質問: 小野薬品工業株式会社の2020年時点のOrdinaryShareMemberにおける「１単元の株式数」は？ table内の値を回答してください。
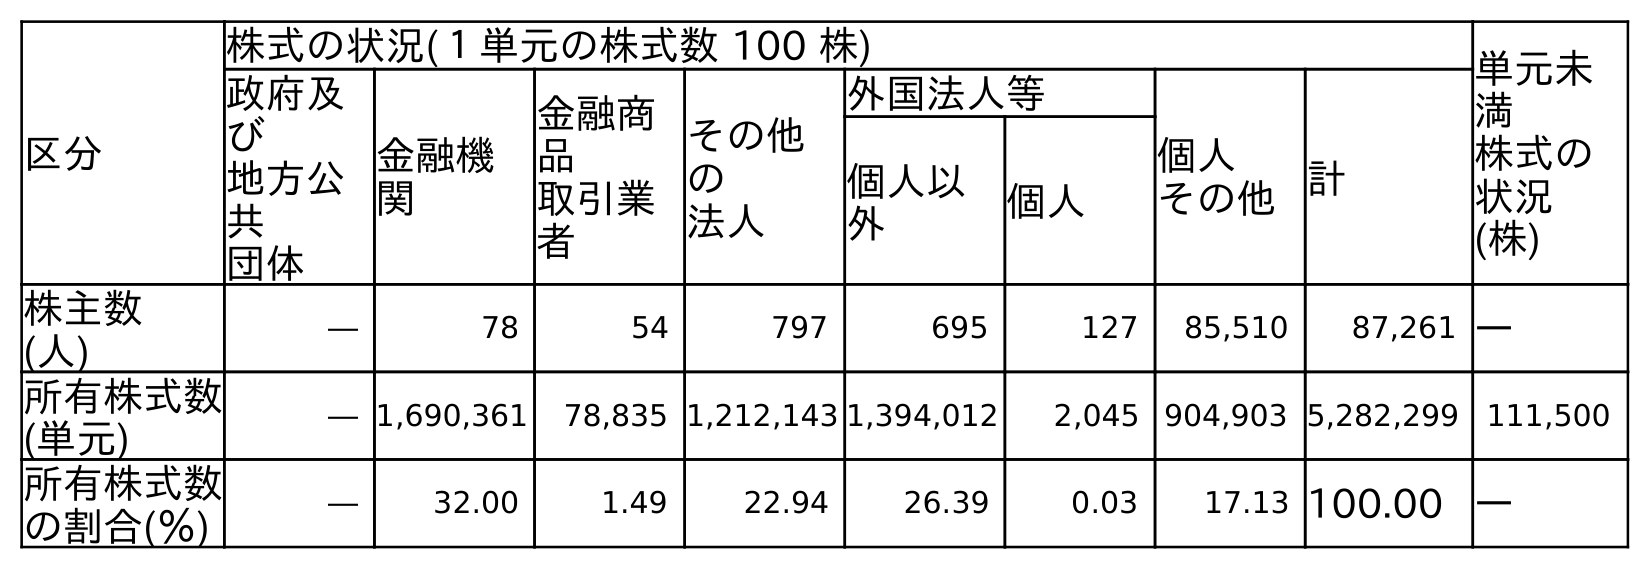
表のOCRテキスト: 区分 株式の状況(１単元の株式数 100 株) 単元未 満 株式の 状況 (株) 政府及 び 地方公 共 団体 金融機 関 金融商 品 取引業 者 その他 の 法人 外国法人等 個人 その他計 個人以 外 個人 株主数 (人) ― 78 54 797 695 127 85,510 87,261 ― 所有株式数 (単元) ― 1,690,361 78,835 1,212,143 1,394,012 2,045 904,903 5,282,299 111,500 所有株式数 の割合(％) ― 32.00 1.49 22.94 26.39 0.03 17.13 100.00 ―
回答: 株式の状況(１単元の株式数100株)